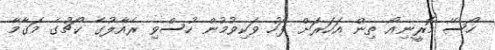
ހޯސޭ މޮރީނިއޯ ތިން އަހަރަށް ފަހު ވަކިވުމުން ހުސްވި ރެއާލުގެ ކޯޗުގެ މަގާމާ